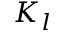
K _ { l }